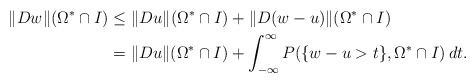
\begin{align*}\Vert Dw\Vert(\Omega^*\cap I) &\le \Vert Du\Vert(\Omega^*\cap I)+\Vert D(w-u)\Vert(\Omega^*\cap I)\\&= \Vert Du\Vert(\Omega^*\cap I)+\int_{-\infty}^{\infty}P(\{w-u>t\},\Omega^*\cap I)\,dt.\end{align*}